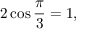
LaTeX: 2 \cos { \frac { \pi } { 3 } } = 1 ,